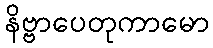
နိဗ္ဗာပေတုကာမော